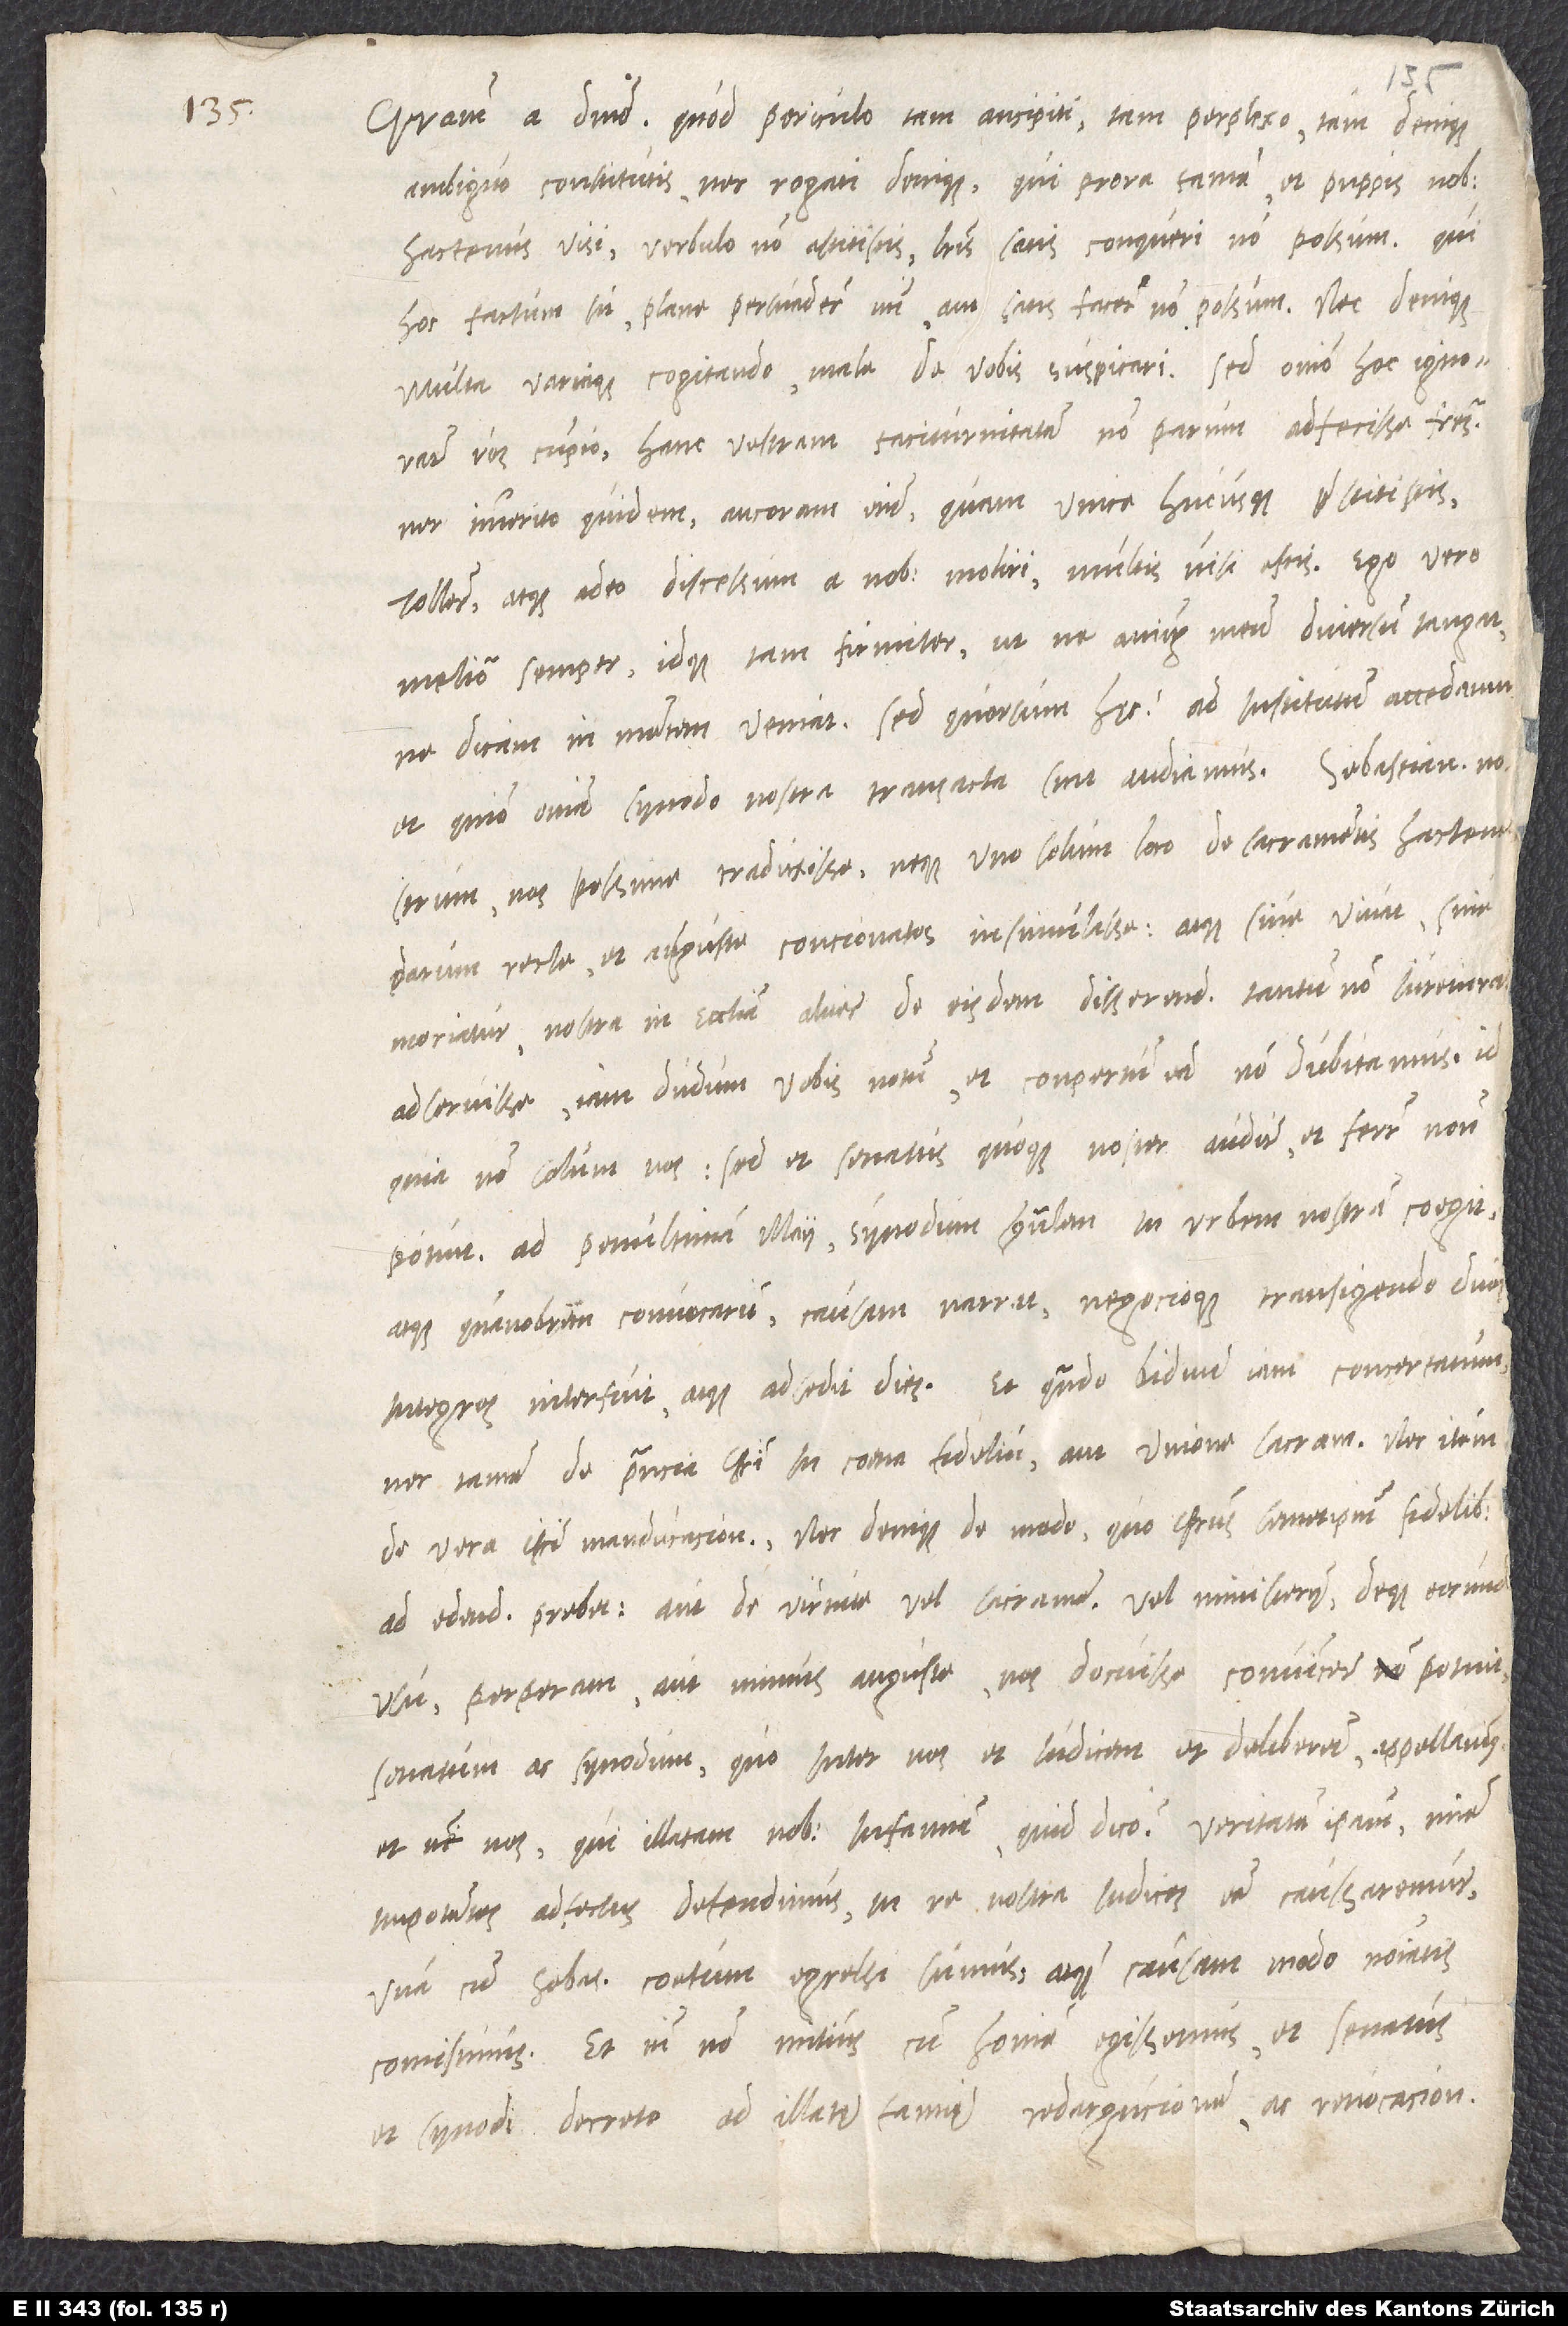
Gratiam a domino. Quod periculo tam ancipiti, tam perplexo, tam denique
ambiguo constitutis nec rogati denique, qui prora tamen et puppis nobis
hactenus visi, verbulo non astitistis, literis satis conqueri non possum. Qui
hoc factum sit, plane persuadere mihi aut satis facere non possum, nec denique
multa variaque cogitando mala de vobis suspicari. Sed omnino hoc ignorare
vos cupio, hanc vestram taciturnitatem non parum adfecisse fratres
nec immerito quidem. Ancoram enim, quam unice hucusque praestitistis,
tollere atque adeo discessum a nobis moliri multis visi estis. Ego vero
meliora semper idque tam firmiter, ut ne animum meum diversum tangat,
ne dicam in mentem veniat. Sed quorsum hęc? Ad institutum accedamu
et, quomodo omnia synodo nostra transacta sint, audiamus: Sebastianum nostrum
nos pessime traduxisse neque uno solum loco de sacramentis hactenus
parum recte et auguste concionatos insimulasse atque, sive vivat, sive
moriatur, nostra in ecclesia aliter de eisdem disserendum tantum non iureiuran